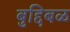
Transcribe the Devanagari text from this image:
बुद्दिबळ